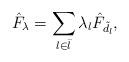
LaTeX: \begin{align*}\begin{aligned} \hat F_\lambda=\sum_{l\in \bar l}\lambda_l \hat F_{\tilde d_l},\end{aligned}\end{align*}